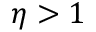
\eta > 1